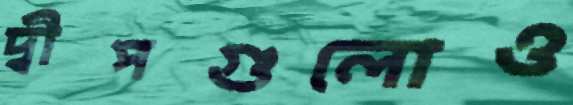
দ্বীপগুলোও